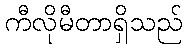
ကီလိုမီတာရှိသည်